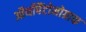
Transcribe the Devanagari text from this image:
ऑर्थोपैंटोमोग्राफ